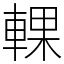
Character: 輠